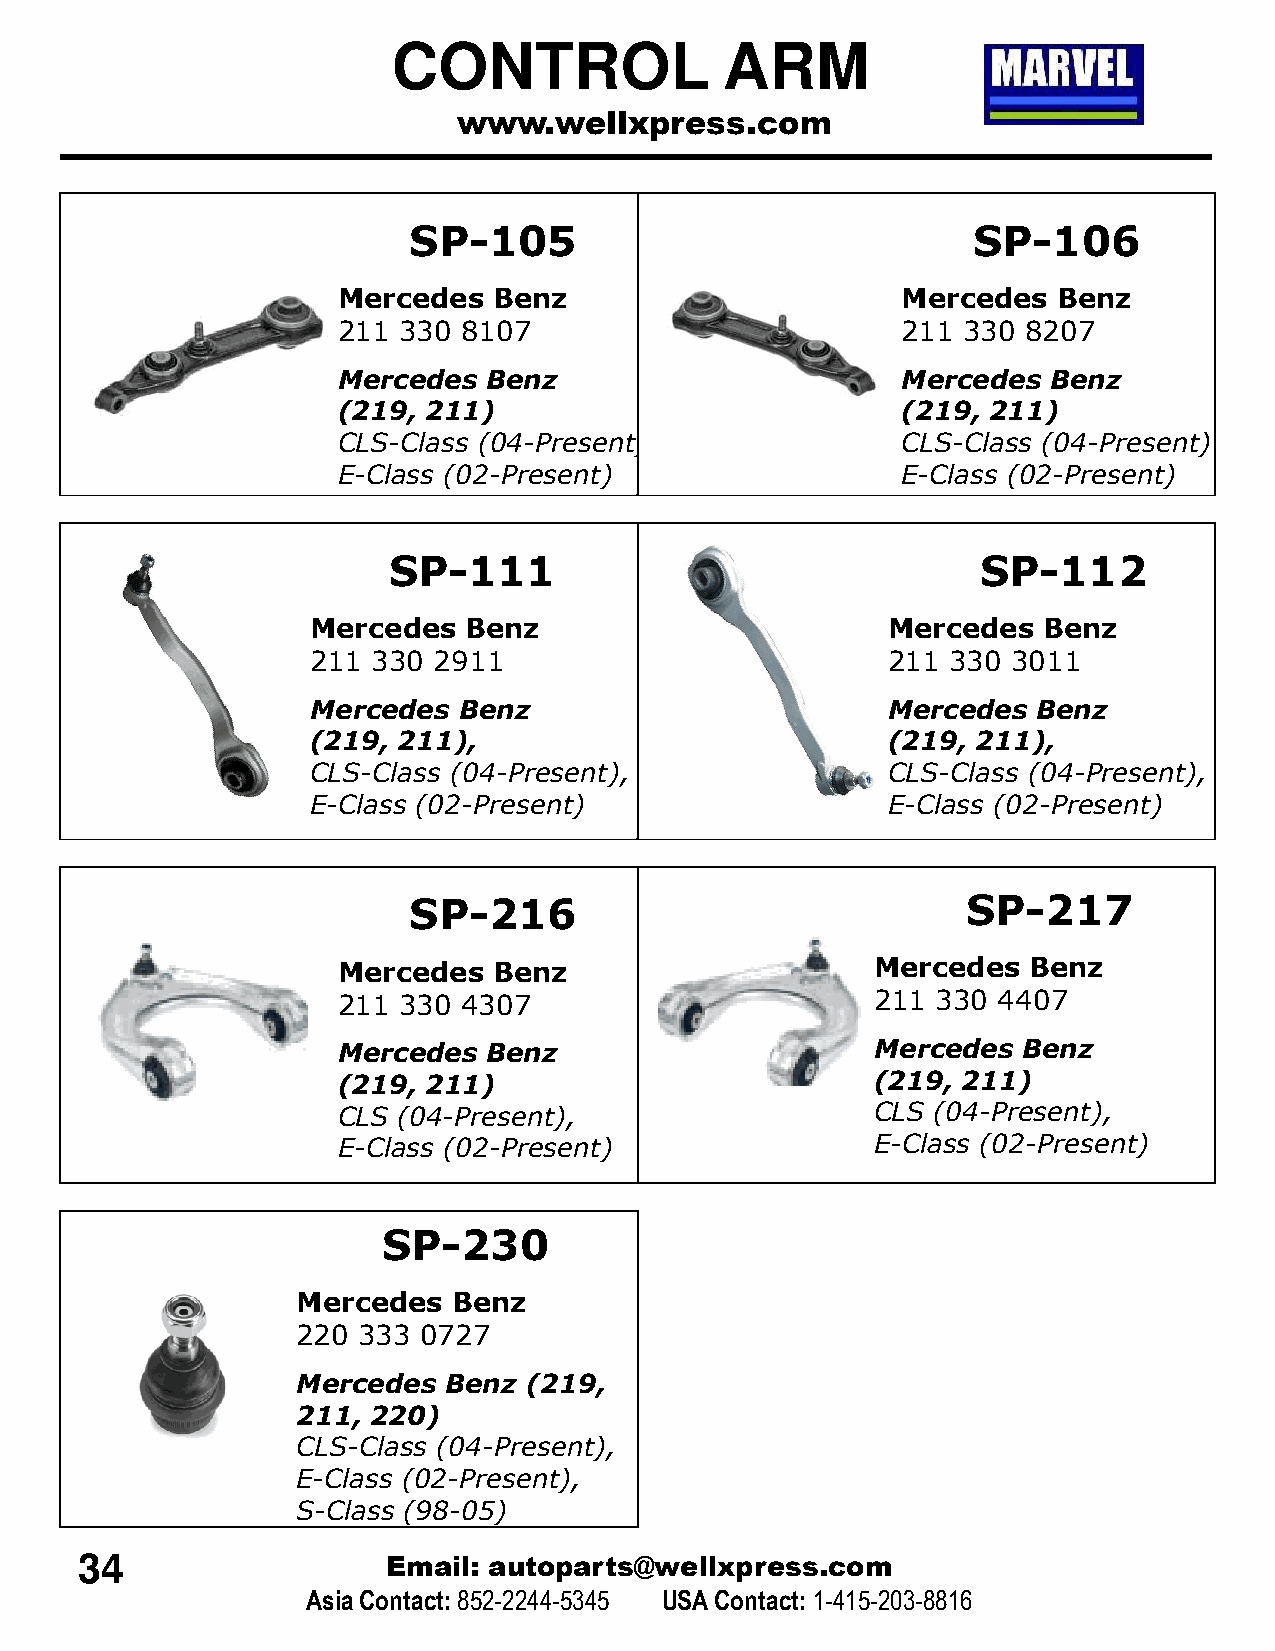
CONTROL               ARM
 www.wellxpress.com
 SP-105                               SP-106
 Mercedes   Benz                       Mercedes  Benz
 211 330  8107                         211 330 8207
 Mercedes  Benz                        Mercedes  Benz
 (219, 211)                            (219, 211)
 CLS-Class (04-Present)                CLS-Class (04-Present)
 E-Class (02-Present)                  E-Class (02-Present)
 SP-111                                 SP-112
 Mercedes  Benz                        Mercedes  Benz
 211 330 2911                          211 330 3011
 Mercedes Benz                         Mercedes  Benz
 (219, 211),                           (219, 211),
 CLS-Class (04-Present),               CLS-Class (04-Present),
 E-Class (02-Present)                  E-Class (02-Present)
 SP-216                               SP-217
 Mercedes   Benz                     Mercedes  Benz
 211 330  4307                       211 330 4407
 Mercedes  Benz                      Mercedes  Benz
 (219, 211)                          (219, 211)
 CLS (04-Present),                   CLS (04-Present),
 E-Class (02-Present)                E-Class (02-Present)
 SP-230
 Mercedes  Benz
 220 333 0727
 Mercedes Benz  (219,
 211, 220)
 CLS-Class (04-Present),
 E-Class (02-Present),
 S-Class (98-05)
 34                   Email: autoparts@wellxpress.com
 Asia Contact:852-2244-5345 USA Contact: 1-415-203-8816